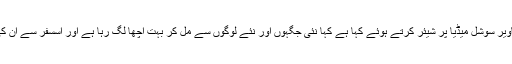
انہوں نے مصر میں بنائی گئی تصاویر سوشل میڈیا پر شیئر کرتے ہوئے کہا ہے کہا نئی جگہوں اور نئے لوگوں سے مل کر بہت اچھا لگ رہا ہے اور اسسفر سے ان کی بہت سی اچھی یادیں جڑ گئی ہیں۔